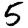
Digit: 5